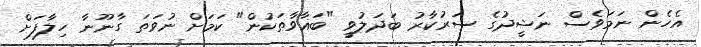
އެހެން ނަމަވެސް ނަޝީދުގެ ސަރުކާރު ބަދަލުވީ "ބަޣާވާތަކުން" ކަމަށް ނުވަތަ ގާނޫނާ ހިލާފަށް